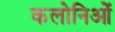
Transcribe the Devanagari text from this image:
कलोनिओं